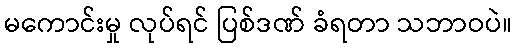
မကောင်းမှု လုပ်ရင် ပြစ်ဒဏ် ခံရတာ သဘာဝပဲ။